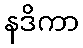
နဒိကာ